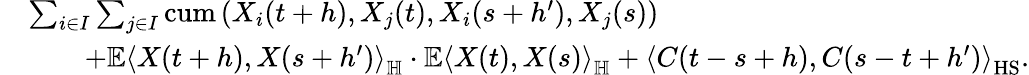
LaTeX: \begin{array}{rl}&{\sum_{i\in I}\sum_{j\in I}\mathrm{cum}\left(X_{i}(t+h),{X_{j}(t)},{X_{i}(s+h^{\prime})},X_{j}(s)\right)}\\ &{\qquad+\mathbb{E}\left\langle X(t+h),X(s+h^{\prime})\right\rangle_{\mathbb H}\cdot\mathbb{E}\left\langle X(t),X(s)\right\rangle_{\mathbb H}+\left\langle C(t-s+h),C(s-t+h^{\prime})\right\rangle_{\mathrm{HS}}.}\end{array}